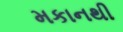
મકાનથી